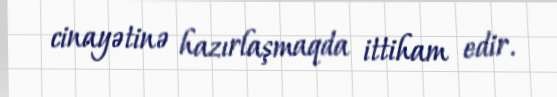
cinayətinə hazırlaşmaqda ittiham edir.